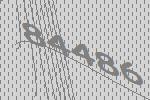
84486